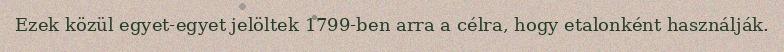
Ezek közül egyet-egyet jelöltek 1799-ben arra a célra, hogy etalonként használják.